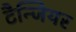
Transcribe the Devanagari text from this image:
टैन्जियर